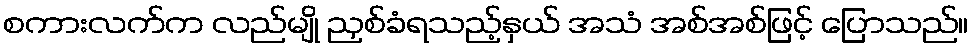
စကားလက်က လည်မျို ညှစ်ခံရသည့်နှယ် အသံ အစ်အစ်ဖြင့် ပြောသည်။